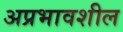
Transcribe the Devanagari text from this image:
अप्रभावशील